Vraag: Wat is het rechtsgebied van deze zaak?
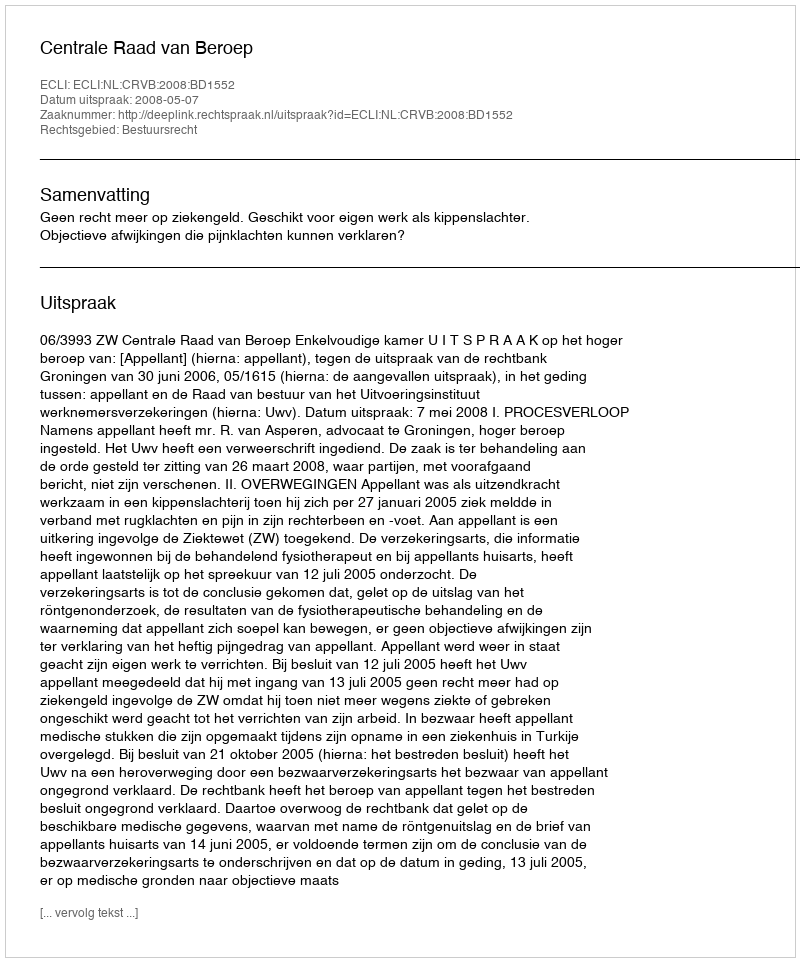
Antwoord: Bestuursrecht